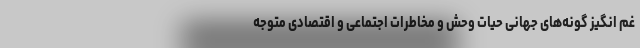
غم انگیز گونه‌های جهانی حیات وحش و مخاطرات اجتماعی و اقتصادی متوجه